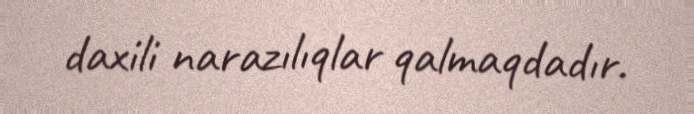
daxili narazılıqlar qalmaqdadır.